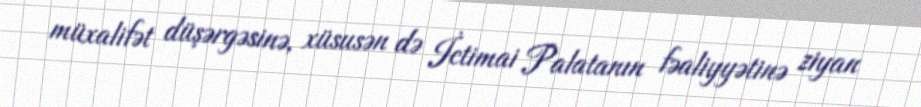
müxalifət düşərgəsinə, xüsusən də İctimai Palatanın fəaliyyətinə ziyan